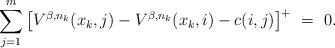
LaTeX: \begin{align*}\sum_{j=1}^m \big[V^{\beta,n_k}(x_k,j) - V^{\beta,n_k}(x_k,i)- c(i,j)\big]^+ \ = \ 0.\end{align*}